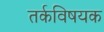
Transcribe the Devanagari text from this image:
तर्कविषयक